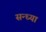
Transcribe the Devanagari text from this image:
सन्‍ध्‍या